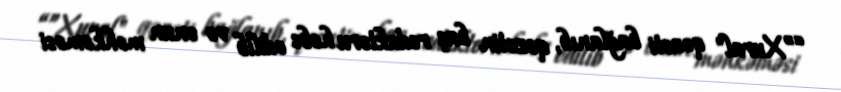
“”Xural" qəzeti bağlanıb, qəzetin baş redaktoru həbs edilib və onun məhkəməsi